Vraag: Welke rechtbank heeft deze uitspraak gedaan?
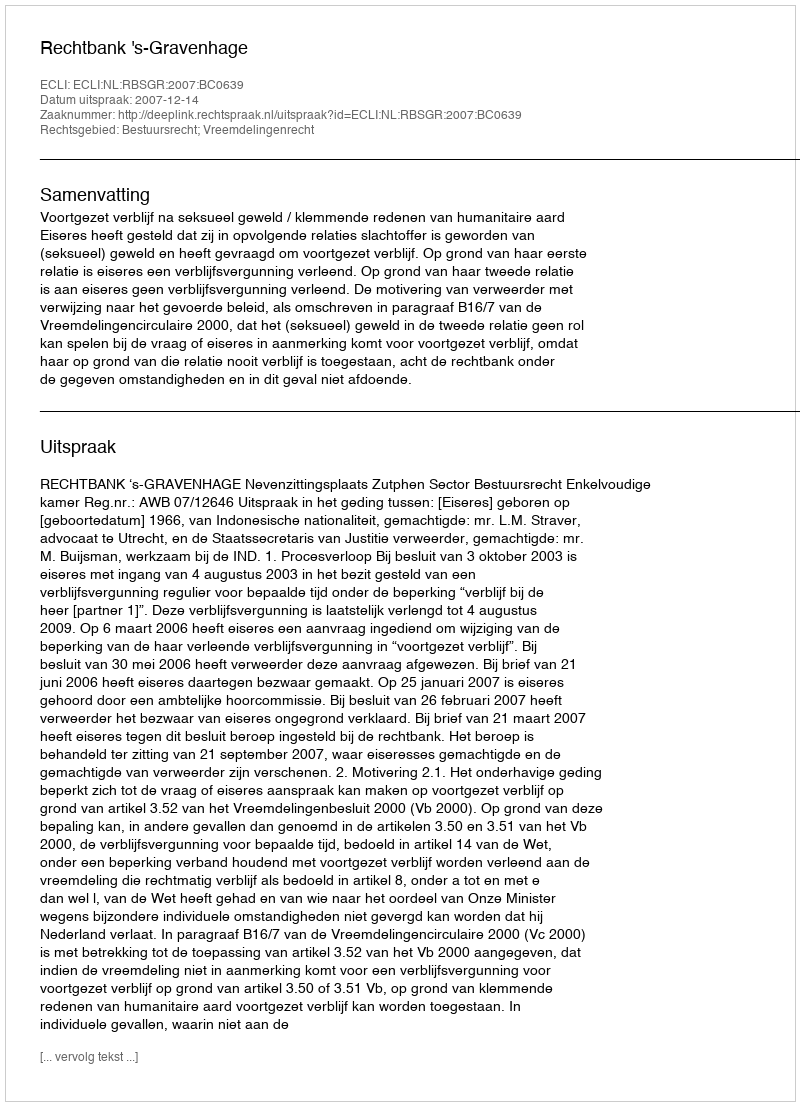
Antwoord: Rechtbank 's-Gravenhage